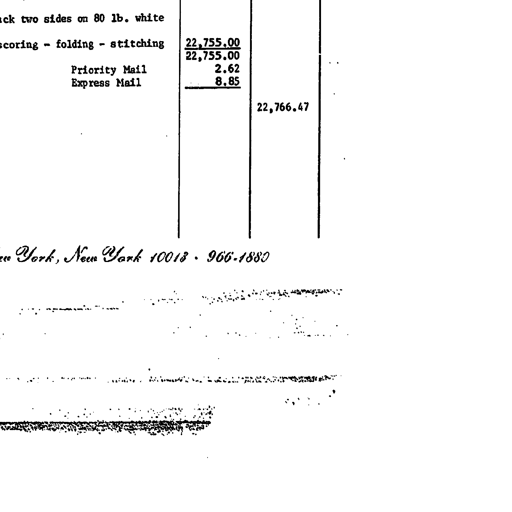
two sides on 80 lb. white
scoring - folding - stitching 22,755.00
22,755.00
Priority Mail 2.62
Express Mail 8.85
22,766.47
York, New York 10013 · 966-1880